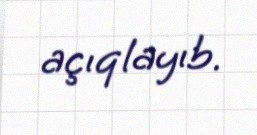
açıqlayıb.